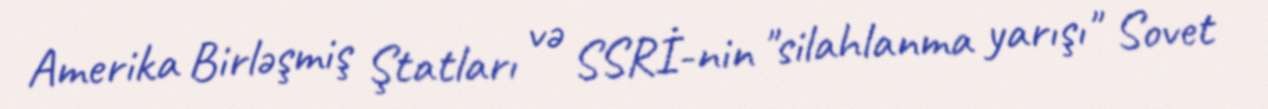
Amerika Birləşmiş Ştatları və SSRİ-nin "silahlanma yarışı" Sovet